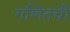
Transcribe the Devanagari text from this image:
गणितची